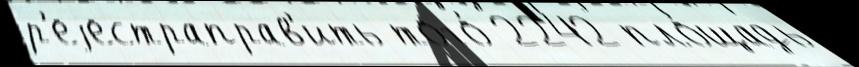
р'еjестраправ'ить того́ 2242 пло́щадь